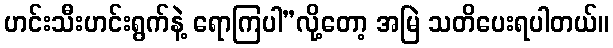
ဟင်းသီးဟင်းရွက်နဲ့ ရောကြပါ”လို့တော့ အမြဲ သတိပေးရပါတယ်။